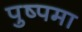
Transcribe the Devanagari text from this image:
पुष्पमा